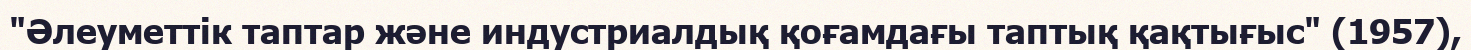
"Әлеуметтік таптар және индустриалдық қоғамдағы таптық қақтығыс" (1957),